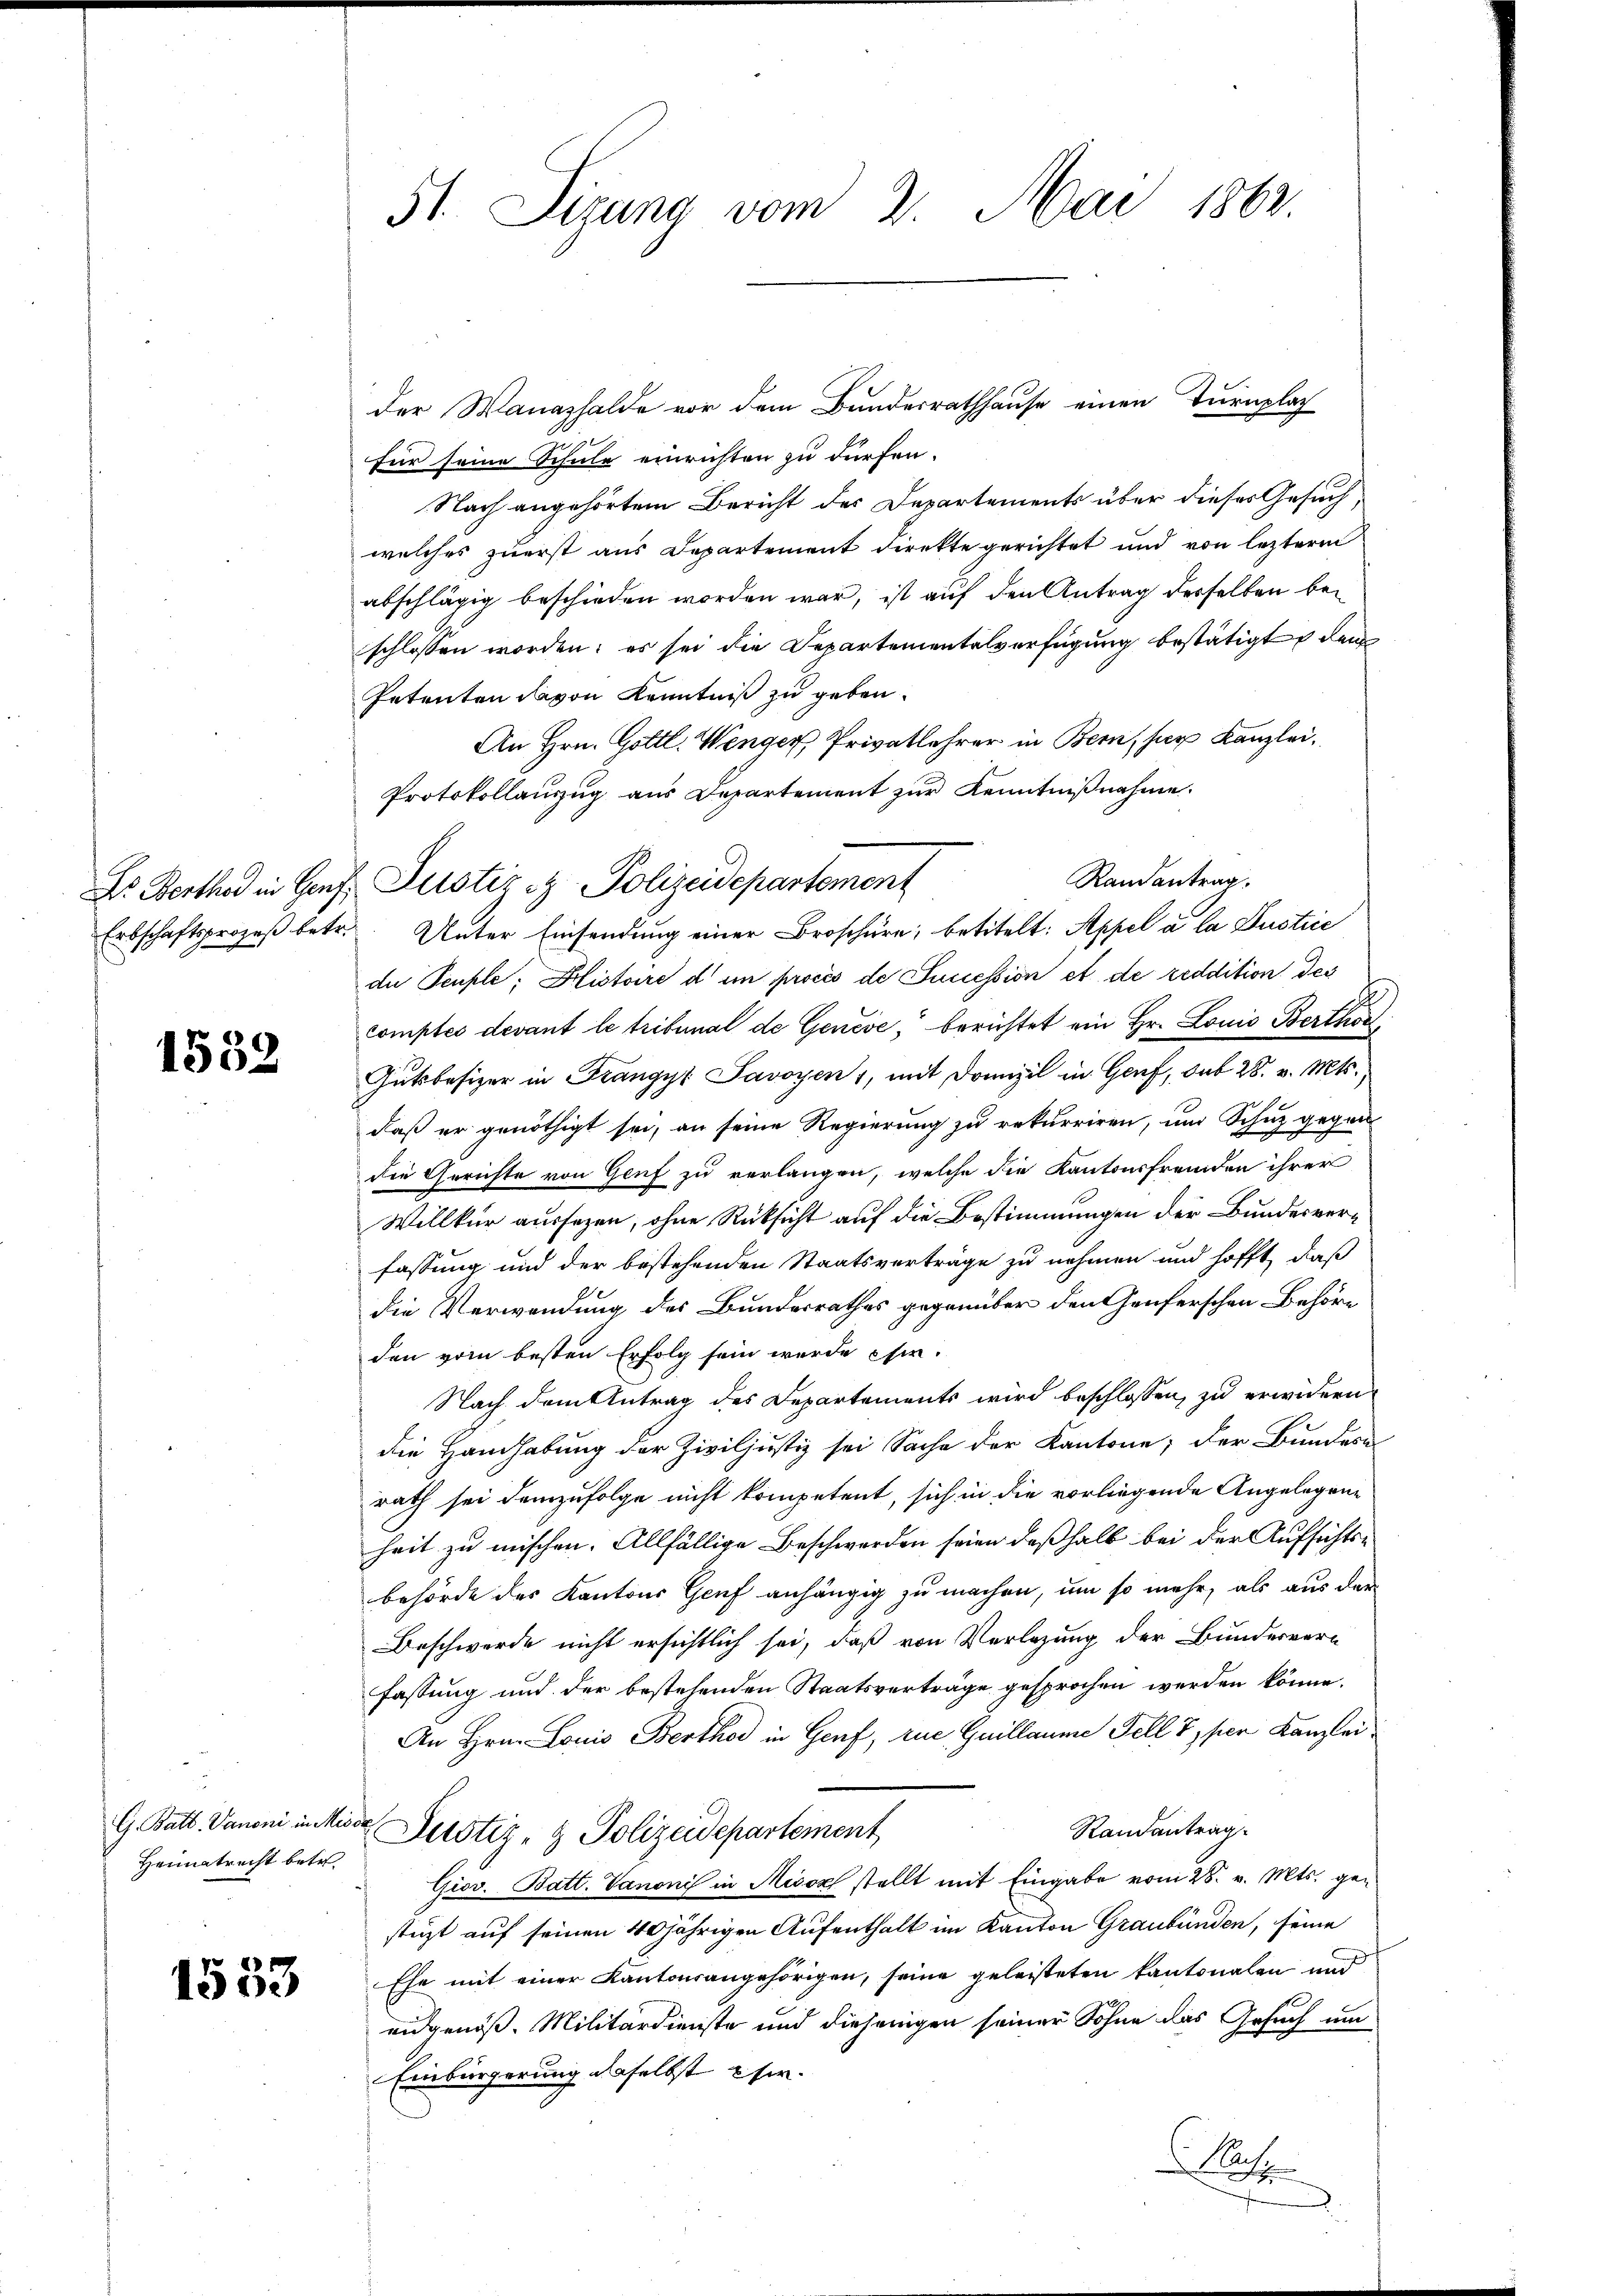
Ds Berthod in Genf
Erbschaftsprozeß betr.

1532

Heimatrecht betr

1553

51. Sigung vom 2. Mai 1862

der Manazhalde vor dem Bundesrathhause einen Turnplac
für seine Schule einrichten zu dürfen.
Nach angehörtem Bericht des Departements über dieses Gesuch,
welches zuerst aus Departement direkte gerichtet und von leztere
abschlägig beschieden worden war, ist auf den Antrag derselben beschlossen worden; es sei die Departementalverfügung bestätigt, den
Petenten davon Kenntniß zu geben.
An Hrn. Gottl. Wenger, Privatlehrer in Bern, hier Kanzlei,
Protokollanzŭg aŭs Departement zŭr Kenntniβnahme.
du Pcuple; Glistoire d im procès de Incession et de reddition des
comptes devant le tribunal de Genève, berichtet ein Hr. Louis Berthör
Gutsbesizer in Frangys Savoyen, mit Drunzil in Genf, sub 28. v. Mts.,
daß er genöthigt sei, an seine Regierung zu rekurriren, und Schuz gegen
die Gerichte von Genf zu verlangen, welche die Kantonsfremden ihrer
Willkür aussezen, ohne Rücksicht auf die Bestimmungen der Bundesverfassung und der bestehenden Staatsverträge zu nehmen und hofft, daß
die Verwendung des Bundesrathes gegenüber den Genferschen Behöre
den vom besten Erfolg sein wurde sie.
Nach dem Antrag des Departements wird beschlossen, zu erwidern
die Handhabung der Ziviljustiz sei Sache der Kantone; der Bundern
rath sei demzufolge nicht kompetent, sich in die vorliegende Angelegene
heit zu mischen. Allfällige Beschwerden seien deßhalb bei der Aufsichts-
behörde des Kantons Genf anhängig zu machen, um so mehr, als aus der
Beschwerde nicht ersichtlich sei, daß von Verlegung der Bundesverfassung und der bestehenden Staatsverträge gesprochen werden könne.
An Hrn. Louis Berthor in Genf, rue Guillaume Fell 7) per Kanzlei¬
G. Batt. Vanoni in Miser Justiz- & Polizeidepartement
Randantrag.
Giov. Batt. Vanonis in Misox stellt mit Eingabe vom 28. v. Mts. gestüzt auf seinen 40jährigen Aufenthalt im Kanton Graubünden, seine
Ehe mit einer Kantonsangehörigen, seine geleisteten Kantonalen und
eidgenöß. Militärdienste und diejenigen seiner Sohne das Gesuch um
Einbürgerung daselbst sie.
Sach
d

Randantrag.
Justiz & Polizeidepartement
Unter Einsendung einer Broschüre, betitelt: Appel a la Justice